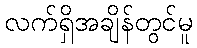
လက်ရှိအချိန်တွင်မူ